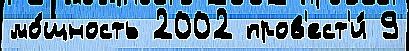
мо́щность 2002 пров'ест'и́ 9